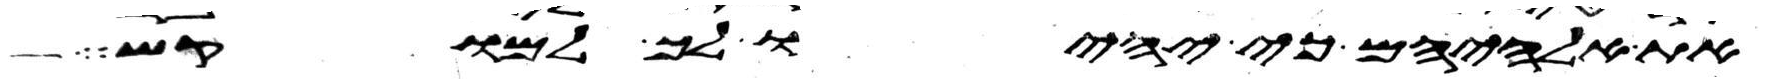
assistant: את אלהיהם כי יהיו לך למוקש